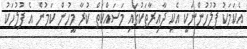
އެކަމަކު ފުލުހުންނަކީ އެކި ދާއިރާތަކުގައި މަސައްކަތް ކުރާ މީހުން ކަމުން އެ ފުލުހަކު